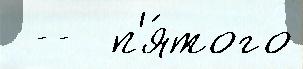
 --  п'я́того